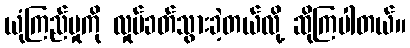
ယုံကြည်မှုကို လှုပ်ခတ်သွားခဲ့တယ်လို့ ဆိုကြပါတယ်။